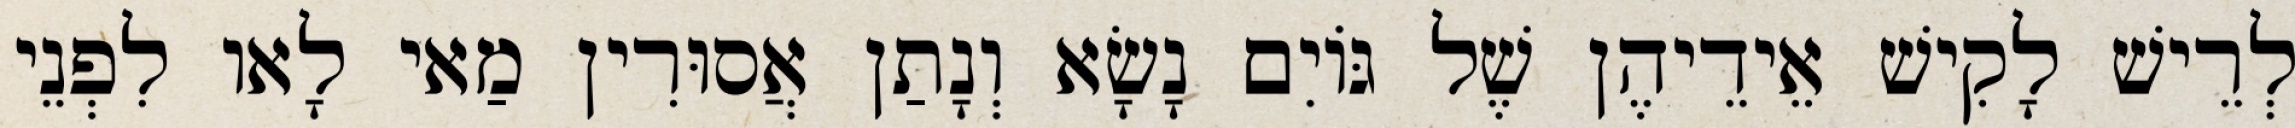
לְרֵישׁ לָקִישׁ אֵידֵיהֶן שֶׁל גּוֹיִם נָשָׂא וְנָתַן אֲסוּרִין מַאי לָאו לִפְנֵי